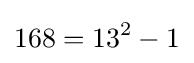
168=13^{2}-1